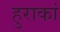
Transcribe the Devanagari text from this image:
हुराकां